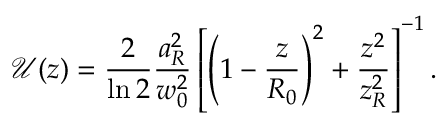
\mathcal { U } ( z ) = \frac { 2 } { \ln 2 } \frac { a _ { R } ^ { 2 } } { w _ { 0 } ^ { 2 } } \left[ \left( 1 - \frac { z } { R _ { 0 } } \right) ^ { 2 } + \frac { z ^ { 2 } } { z _ { R } ^ { 2 } } \right] ^ { - 1 } .